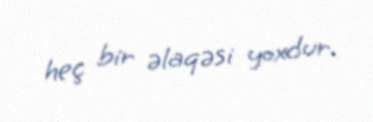
heç bir əlaqəsi yoxdur.